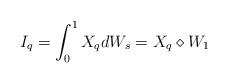
LaTeX: \begin{align*}I_q = \int_{0}^{1} X_q dW_s = X_q \diamond W_1 \end{align*}